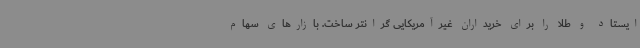
ایستاد و طلا را برای خریداران غیرآمریکایی گرانتر ساخت. بازارهای سهام